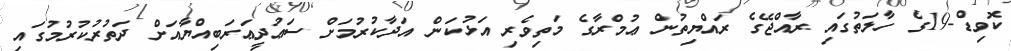
ކޮވިޑް-19ގެ ހާލަތުގައި ރާއްޖޭގެ ރައްޔިތުން ޢުމްރާގެ މަތިވެރި އަޅުކަން އަދާކުރުމަށް ސަޢުދީޢަރަބިއްޔާއަށް ދަތުރުކުރުމުގައި